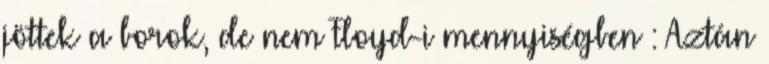
jöttek a borok, de nem Floyd-i mennyiségben : Aztán